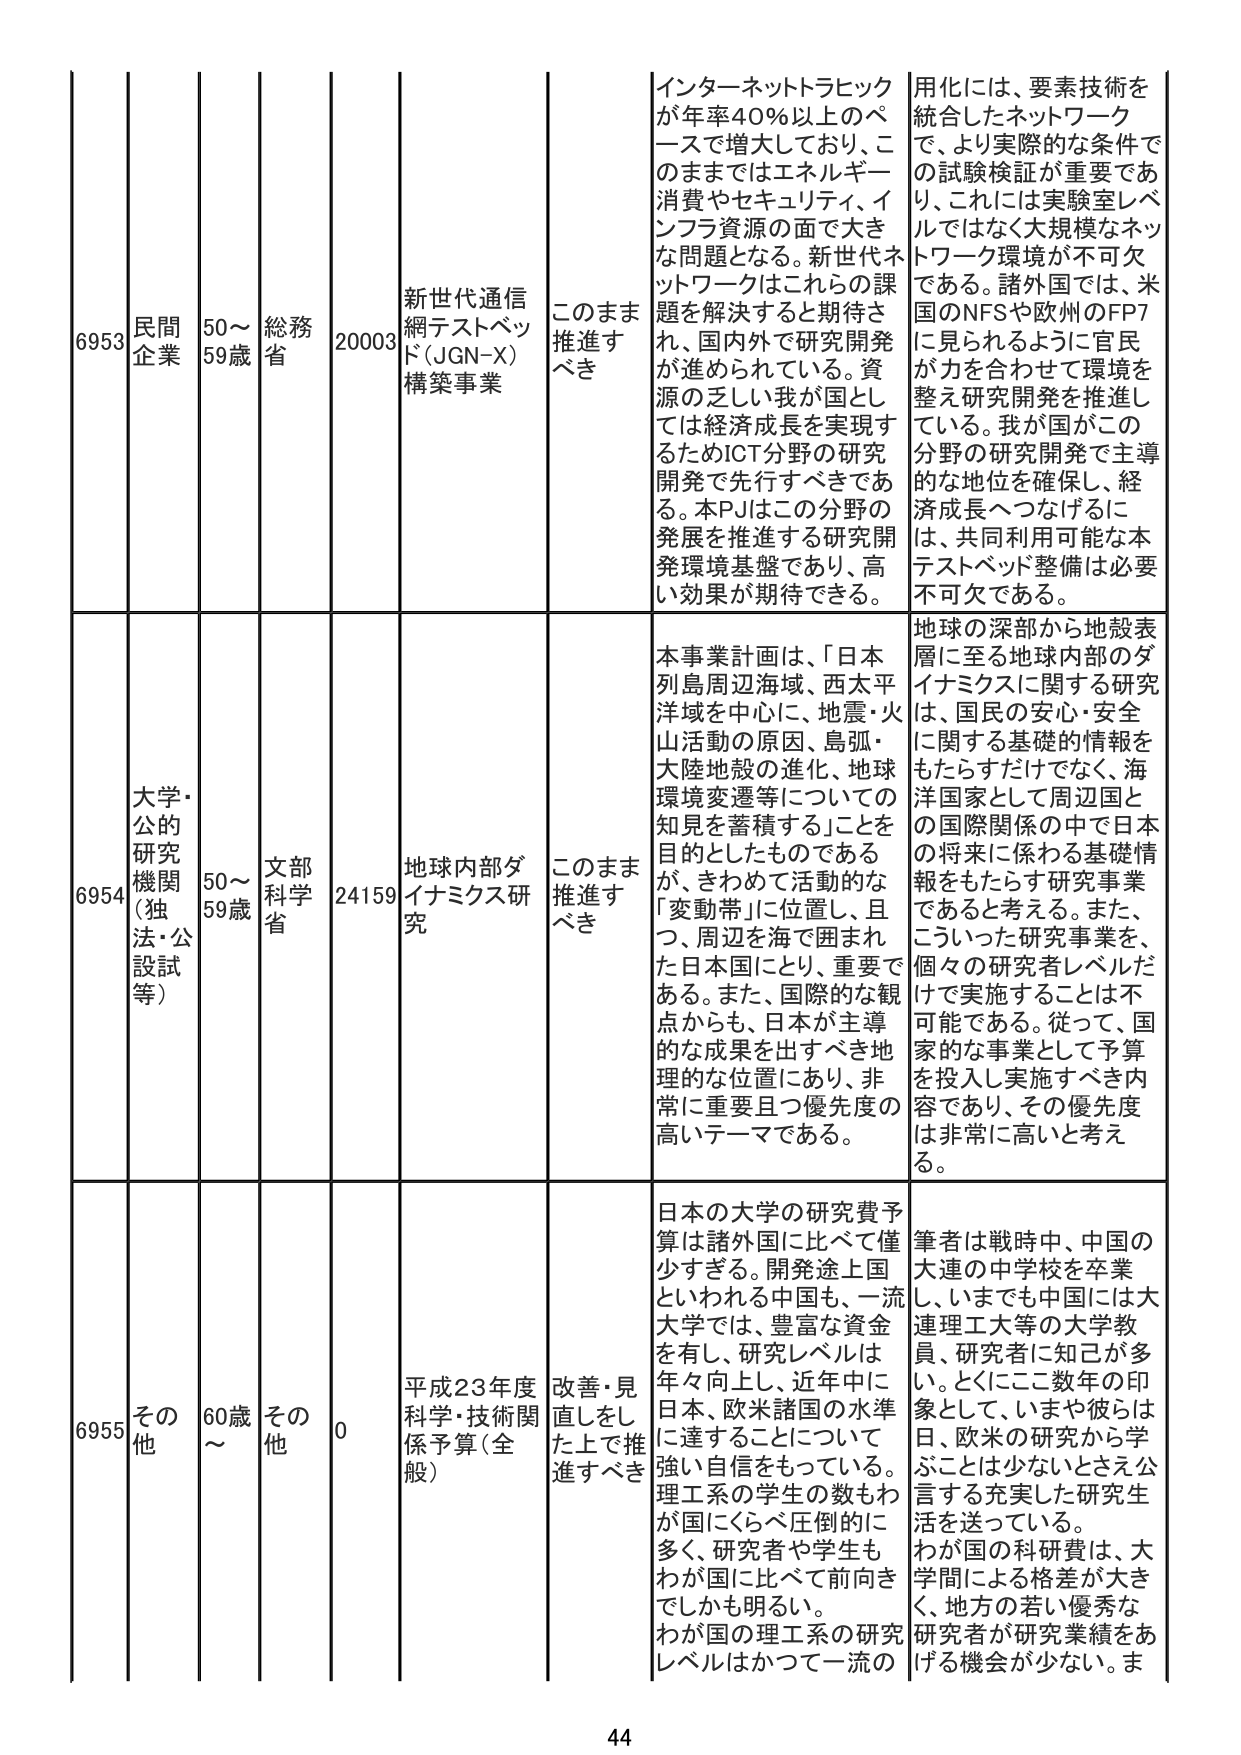
6953 民間企業 50～59歳 総務省 20003 新世代通信網テストベッド（JGN-X）構築事業 このまま推進すべき インターネットトラフィックが年率40％以上のペースで増大しており、このままではエネルギー消費やセキュリティ、インフラ資源の面で大きな問題となる。新世代ネットワークはこれからの課題を解決すると期待され、国内外で研究開発が進められている。資源の乏しい我が国としては経済成長を実現するためICT分野の研究開発で先行するべきである。本PJはこの分野の発展を推進する研究開発環境基盤であり、高い効果が期待できる。 用化には、要素技術を統合したネットワークで、より実際的な条件での試験検証が重要であり、これには実験室レベルではなく大規模なネットワーク環境が不可欠である。諸外国では、米国のNFSや欧州のFP7に見られるように官民が力を合わせて環境を整え研究開発を推進している。我が国がこの分野の研究開発で主導的な地位を確保し、経済成長へつなげるには、共同利用可能な本テストベッド整備は必要不可欠である。

6954 大学・公的研究機関（独法・公設試等） 50～59歳 文部科学省 24159 地球内部ダイナミクス研究 このまま推進すべき 本事業計画は、「日本列島周辺海域、西太平洋域を中心に、地震・火山活動の原因、島弧・大陸地殻の進化、地球環境変遷等についての知見を蓄積する」ことを目的としたものであるが、きわめて活動的な「変動帯」に位置し、且つ、周辺を海で囲まれた日本国にとり、重要である。また、国際的な観点からも、日本が主導的な成果を出すべき地理的な位置にあり、非常に重要且つ優先度の高いテーマである。 地球の深部から地殻表層に至る地球内部のダイナミクスに関する研究は、国民の安心・安全に関する基礎的情報をもたらすだけでなく、海洋国家として周辺国との国際関係の中で日本の将来に係わる基礎情報をもたらす研究事業であると考える。また、こういった研究事業を、個々の研究者レベルだけで実施することは不可能である。従って、国家的な事業として予算を投入し実施すべき内容であり、その優先度は非常に高いと考える。

6955 その他 60歳～ その他 0 平成23年度科学・技術関係予算（全般） 改善・見直しをした上で推進すべき 日本の大学の研究費予算は諸外国に比べて僅少すぎる。開発途上国といわれる中国も、一流大学では、豊富な資金を有し、研究レベルは年々向上し、近年中に日本、欧米諸国の水準に達することについて強い自信をもっている。理工系の学生の数もわが国にくらべ圧倒的に多く、研究者や学生もわが国に比べて前向きでしかも明るい。わが国の理工系の研究レベルはかつて一流の 筆者は戦時中、中国の大連の中学校を卒業し、いまでも中国には大連理工大等の大学教員、研究者に知己が多い。とくにここ数年の印象として、いまや彼らは日、欧米の研究から学ぶことは少ないときえ公言する充実した研究生活を送っている。わが国の科研費は、大学間による格差が大きく、地方の若い優秀な研究者が研究業績をあげる機会が少ない。ま

44